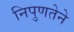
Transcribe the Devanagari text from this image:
निपुणतेने